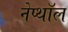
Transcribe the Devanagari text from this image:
नेप्थॉल